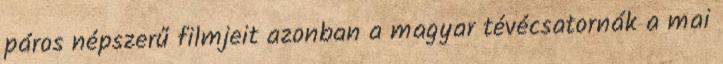
páros népszerű filmjeit azonban a magyar tévécsatornák a mai